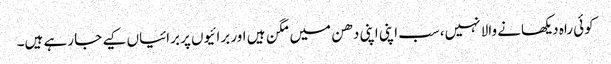
کوئی راہ دیکھانے والا نہیں،سب اپنی اپنی دھن میں مگن ہیں اور برائیوں پر برائیاں کیے جا رہے ہیں۔